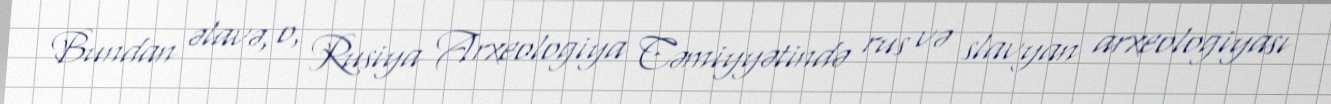
Bundan əlavə, o, Rusiya Arxeologiya Cəmiyyətində rus və slavyan arxeologiyası